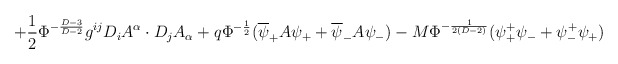
\begin{align*}+\frac{1}{2}\Phi^{-\frac{D-3}{D-2}}g^{ij}D_i A^\alpha \cdot D_j A_\alpha+q\Phi^{-\frac{1}{2}}(\overline{\psi}_+ A\psi_+ +\overline{\psi}_-A\psi_-)-M\Phi^{-\frac{1}{2(D-2)}}(\psi_+^+\psi_- +\psi_-^+\psi_+)\end{align*}